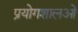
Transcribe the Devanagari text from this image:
प्रयोगशालओं